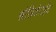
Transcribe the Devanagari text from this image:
सोलिडेराईट